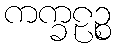
ကက္ခဠဉ္စ